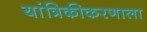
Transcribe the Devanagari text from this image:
यांत्रिकीकरणाला